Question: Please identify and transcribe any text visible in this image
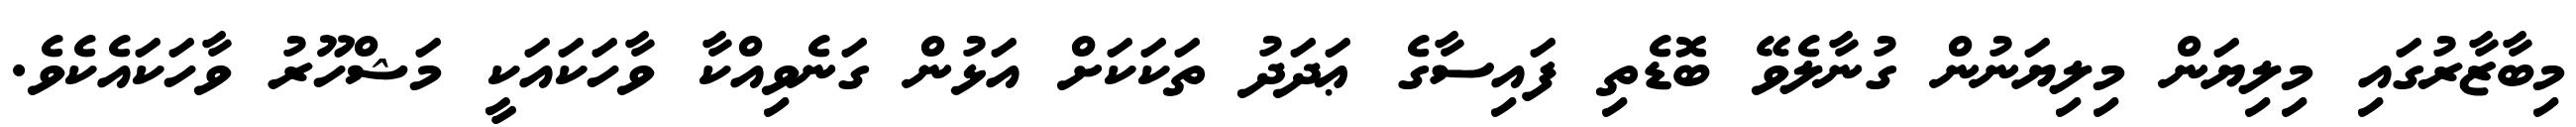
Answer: މިބާޒާރުގައި މިލިޔަން މިލިޔަނުން ގުނާލެވޭ ބޮޑެތި ފައިސާގެ ޢަދަދު ތަކަކަށް އަޅުން ގަނެވިއްކާ ވާހަކައަކީ މަޝްހޫރު ވާހަކައެކެވެ.